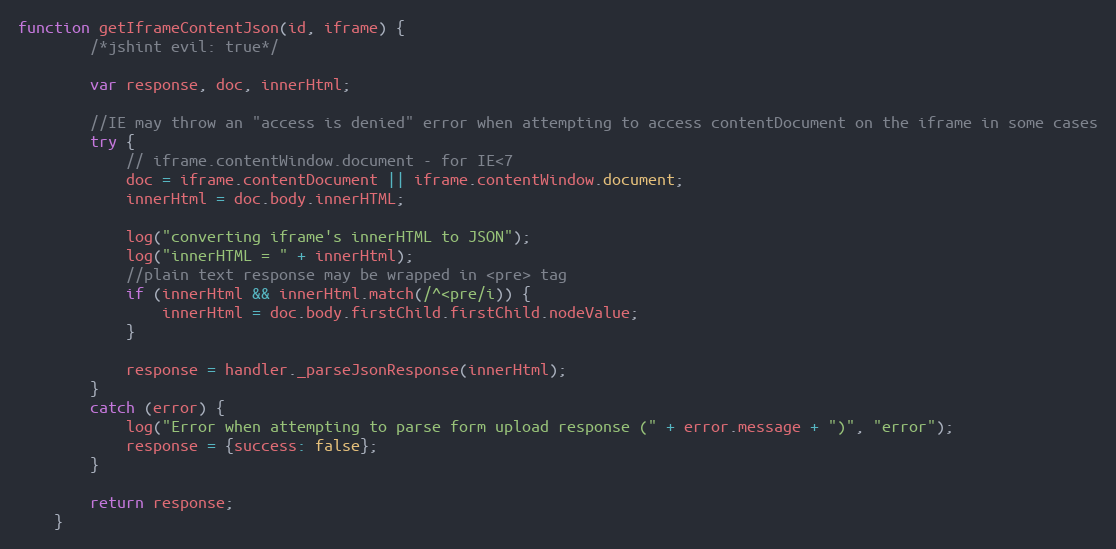
Language: JavaScript
function getIframeContentJson(id, iframe) {
        /*jshint evil: true*/

        var response, doc, innerHtml;

        //IE may throw an "access is denied" error when attempting to access contentDocument on the iframe in some cases
        try {
            // iframe.contentWindow.document - for IE<7
            doc = iframe.contentDocument || iframe.contentWindow.document;
            innerHtml = doc.body.innerHTML;

            log("converting iframe's innerHTML to JSON");
            log("innerHTML = " + innerHtml);
            //plain text response may be wrapped in <pre> tag
            if (innerHtml && innerHtml.match(/^<pre/i)) {
                innerHtml = doc.body.firstChild.firstChild.nodeValue;
            }

            response = handler._parseJsonResponse(innerHtml);
        }
        catch (error) {
            log("Error when attempting to parse form upload response (" + error.message + ")", "error");
            response = {success: false};
        }

        return response;
    }